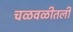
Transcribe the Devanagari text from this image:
चळवळीतली